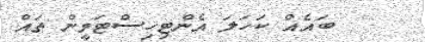
ބައެއް ކަހަލަ އެންޓިހިސްޓަމީން ތައް